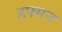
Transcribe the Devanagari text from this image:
हफ्मन